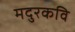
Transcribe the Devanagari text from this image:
मदुरकवि